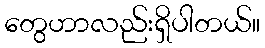
တွေဟာလည်းရှိပါတယ်။